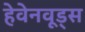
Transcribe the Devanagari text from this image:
हेवेनवूड्स